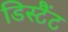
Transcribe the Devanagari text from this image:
डिस्टैंट